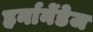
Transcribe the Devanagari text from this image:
हर्नानेंडेज